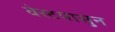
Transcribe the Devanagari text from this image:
वेस्टपासुन